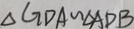
\Delta G D A \sim \Delta A D B